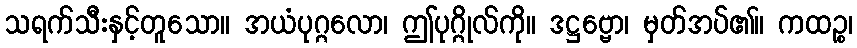
သရက်သီးနှင့်တူသော။ အယံပုဂ္ဂလော၊ ဤပုဂ္ဂိုလ်ကို။ ဒဋ္ဌဗ္ဗော၊ မှတ်အပ်၏။ ကထဉ္စ၊